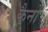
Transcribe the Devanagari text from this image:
कैनों